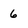
Character: 6